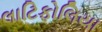
લાટિફોલિયા